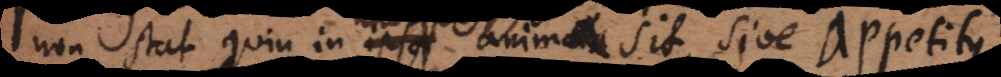
non stat quin in unoquoque anima sit, sive appetitus